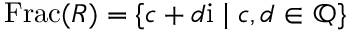
\operatorname { F r a c } ( R ) = \{ c + d \mathrm { i } \mid c , d \in \mathbb { Q } \}